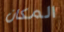
المكان